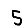
Digit: 5